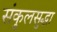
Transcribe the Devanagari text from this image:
संकुलसुद्धा